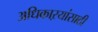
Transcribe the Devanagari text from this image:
अधिकाऱयांसाठी